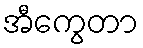
အီကွေတာ